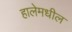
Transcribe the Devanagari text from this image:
हालेमधील